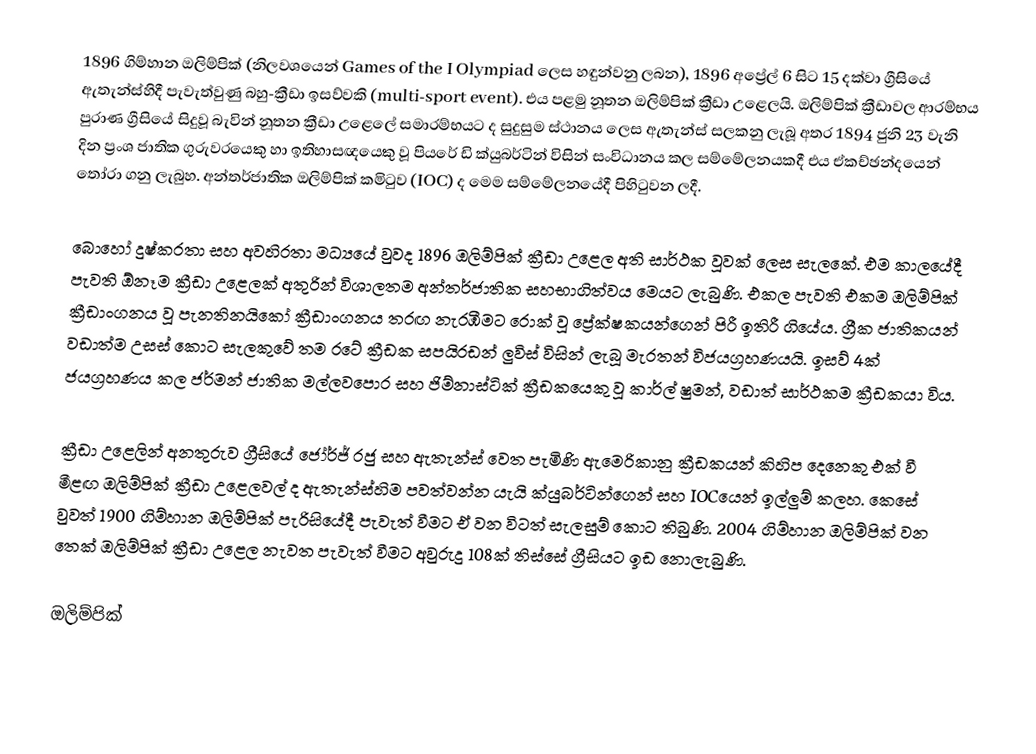
1896 ගිම්හාන ඔලිම්පික් (නිලවශයෙන් Games of the I Olympiad ලෙස හඳුන්වනු ලබන), 1896 අප්‍රේල් 6 සිට 15 දක්වා ග්‍රීසියේ ඇතැන්ස්හිදී  පැවැත්වුණු බහු-ක්‍රීඩා ඉසව්වකි (multi-sport event). එය පළමු නූතන ඔලිම්පික් ක්‍රීඩා උළෙලයි. ඔලිම්පික් ක්‍රීඩාවල ආරම්භය  පුරාණ ග්‍රීසියේ සිදුවූ බැවින් නූතන ක්‍රීඩා උළෙලේ සමාරම්භයට ද සුදුසුම ස්ථානය ලෙස ඇතැන්ස් සලකනු ලැබූ අතර 1894 ජුනි 23 වැනි දින ප්‍රංශ ජාතික ගුරුවරයෙකු හා ඉතිහාසඥයෙකු වූ පියරේ ඩි ක්යුබර්ටින් විසින් සංවිධානය කල සම්මේලනයකදී එය ඒකච්ඡන්දයෙන් තෝරා ගනු ලැබුහ. අන්තර්ජාතික ඔලිම්පික් කමිටුව (IOC) ද මෙම සම්මේලනයේදී පිහිටුවන ලදී.

බොහෝ දුෂ්කරතා සහ අවහිරතා මධ්‍යයේ වුවද 1896 ඔලිම්පික් ක්‍රීඩා උළෙල අති සාර්ථක වූවක් ලෙස සැලකේ. එම කාලයේදී පැවති ඕනෑම ක්‍රීඩා උළෙලක් අතුරින් විශාලතම අන්තර්ජාතික සහභාගිත්වය මෙයට ලැබුණි. එකල පැවති එකම ඔලිම්පික් ක්‍රීඩාංගනය වූ  පැනතිනයිකෝ ක්‍රීඩාංගනය තරඟ නැරඹීමට රොක් වූ ප්‍රේක්ෂකයන්ගෙන් පිරී ඉතිරී ගියේය. ග්‍රීක ජාතිකයන් වඩාත්ම උසස් කොට සැලකුවේ තම රටේ ක්‍රීඩක සපයිරඩන් ලුවිස් විසින් ලැබූ මැරතන් විජයග්‍රහණයයි. ඉසව් 4ක් ජයග්‍රහණය කල ජර්මන් ජාතික මල්ලවපොර සහ ජිම්නාස්ටික් ක්‍රීඩකයෙකු වූ කාර්ල් ෂුමන්, වඩාත් සාර්ථකම ක්‍රීඩකයා විය.

ක්‍රීඩා උළෙලින් අනතුරුව ග්‍රීසියේ ජෝර්ජ් රජු සහ ඇතැන්ස් වෙත පැමිණි ඇමෙරිකානු ක්‍රීඩකයන් කිහිප දෙනෙකු එක් වී මීළඟ ඔලිම්පික් ක්‍රීඩා උළෙලවල් ද ඇතැන්ස්හිම පවත්වන්න යැයි ක්යුබර්ටින්ගෙන් සහ IOCයෙන් ඉල්ලුම් කලහ. කෙසේ වුවත් 1900 ගිම්හාන ඔලිම්පික් පැරිසියේදී පැවැත් වීමට ඒ වන විටත් සැලසුම් කොට තිබුණි. 2004 ගිම්හාන ඔලිම්පික් වන තෙක් ඔලිම්පික් ක්‍රීඩා උළෙල නැවත පැවැත් වීමට අවුරුදු 108ක් තිස්සේ ග්‍රීසියට ඉඩ නොලැබුණි.

ඔලිම්පික්